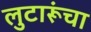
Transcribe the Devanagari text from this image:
लुटारूंचा